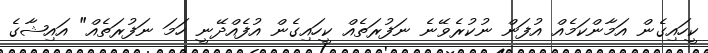
ކީހައިގެން އަމާންކަމެއް އުފަން ނުކުރެވޭނެ ނަފުރަތެއް ކީހައިގެން އުފެއްދޭނީ ހަމަ ނަފުރަތެއް" އައިޝާގެ